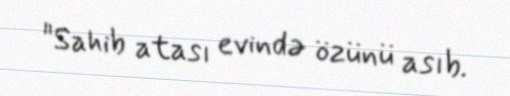
"Sahib atası evində özünü asıb.